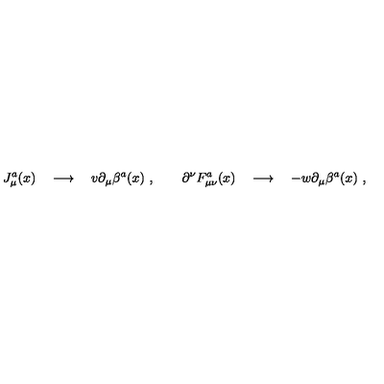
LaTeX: J _ { \mu } ^ { a } ( x ) \quad \longrightarrow \quad v \partial _ { \mu } \beta ^ { a } ( x ) \ , \qquad \partial ^ { \nu } F _ { \mu \nu } ^ { a } ( x ) \quad \longrightarrow \quad - w \partial _ { \mu } \beta ^ { a } ( x ) \ ,